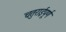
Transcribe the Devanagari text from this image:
चतुराईपूर्ण